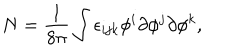
N = \frac { 1 } { 8 \pi } \int \epsilon _ { i j k } \phi ^ { i } \partial \phi ^ { j } \partial \phi ^ { k } ,